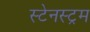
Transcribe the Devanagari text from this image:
स्टेनस्ट्रम